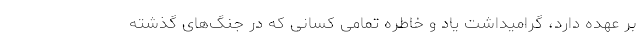
بر عهده دارد، گرامیداشت یاد و خاطره تمامی کسانی که در جنگ‌های گذشته